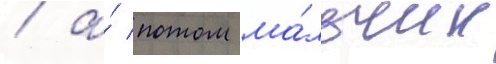
/ а́ потом ма́льчик